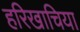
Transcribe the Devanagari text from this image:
हरिखाचिया